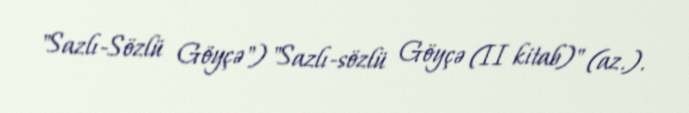
"Sazlı-Sözlü Göyçə") "Sazlı-sözlü Göyçə (II kitab)" (az.).